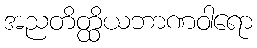
အညတိတ္ထိယဘာဏဝါရော